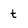
Character: t